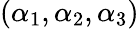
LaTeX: (\alpha_{1},\alpha_{2},\alpha_{3})